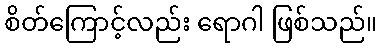
စိတ်ကြောင့်လည်း ရောဂါ ဖြစ်သည်။